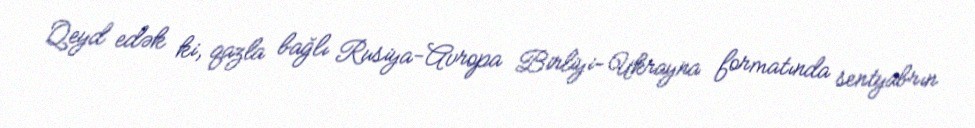
Qeyd edək ki, qazla bağlı Rusiya-Avropa Birliyi-Ukrayna formatında sentyabrın